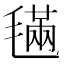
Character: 𣯩